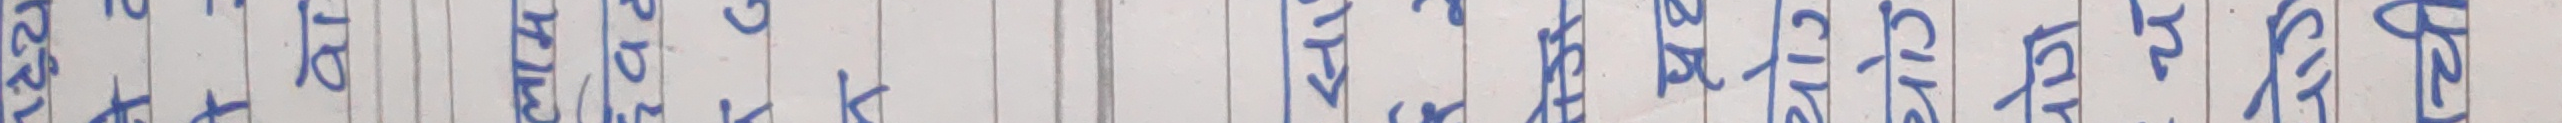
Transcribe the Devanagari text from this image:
२१टथदधनपफबभमयलरवषसहक्षत्रज्ञ